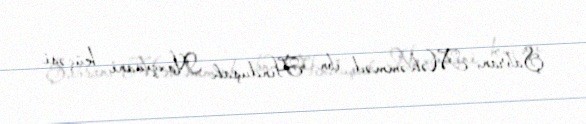
Şabran, Məhəmməd ibn Hinduşah Naxçıvani küçəsi